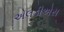
એલડીએસ